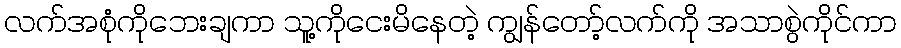
လက်အစုံကိုဘေးချကာ သူ့ကိုငေးမိနေတဲ့ ကျွန်တော့်လက်ကို အသာစွဲကိုင်ကာ